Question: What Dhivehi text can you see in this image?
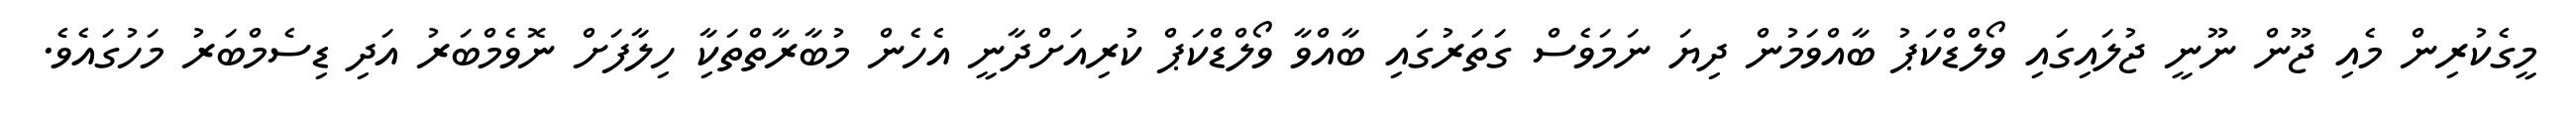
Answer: މީގެކުރިން މެއި ޖޫން ނޫނީ ޖުލައިގައި ވޯލްޑްކަޕު ބާއްވަމުން ދިޔަ ނަމަވެސް ގަތަރުގައި ބާއްވާ ވޯލްޑްކަޕް ކުރިއަށްދާނީ އެހެން މުބާރާތްތަކާި ހިލާފަށް ނޮވެމްބަރު އަދި ޑިސެމްބަރު މަހުގައެވެ.